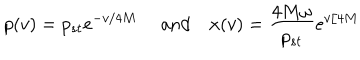
p ( v ) = p _ { s t } e ^ { - v / 4 M } \quad \mathrm { ~ a n d } \quad x ( v ) = { \frac { 4 M \omega } { p _ { s t } } } e ^ { v / 4 M }